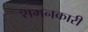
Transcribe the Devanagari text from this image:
शमनकारी